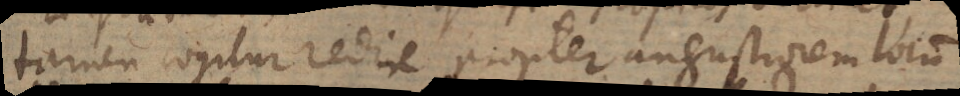
tamen cogitur redire propter angustiorem locum